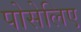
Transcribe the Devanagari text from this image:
पोसेलिए